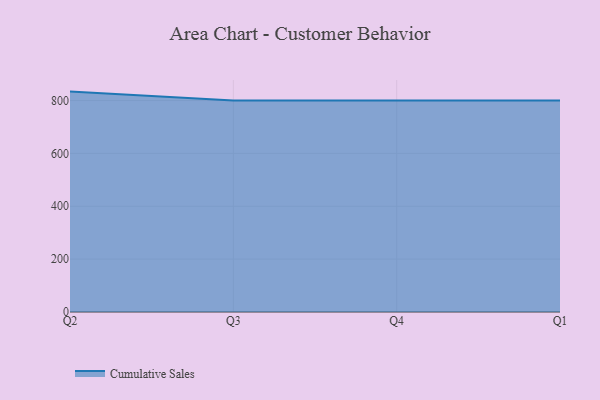
{"axis": {"x": "Quarter", "y": "Waste Production (Tons)"}, "legend": ["Cumulative Sales"], "data": [{"x": "Q2", "y": 833.8, "type": "Cumulative Sales"}, {"x": "Q3", "y": 800, "type": "Cumulative Sales"}, {"x": "Q4", "y": 800, "type": "Cumulative Sales"}, {"x": "Q1", "y": 800, "type": "Cumulative Sales"}]}